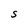
Character: S